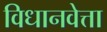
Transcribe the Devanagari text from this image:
विधानवेत्ता